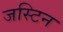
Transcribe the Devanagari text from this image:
जस्‍टिन